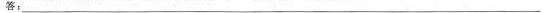
答：___